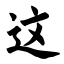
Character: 这